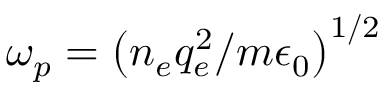
\omega _ { p } = \left( n _ { e } q _ { e } ^ { 2 } / m \epsilon _ { 0 } \right) ^ { 1 / 2 }